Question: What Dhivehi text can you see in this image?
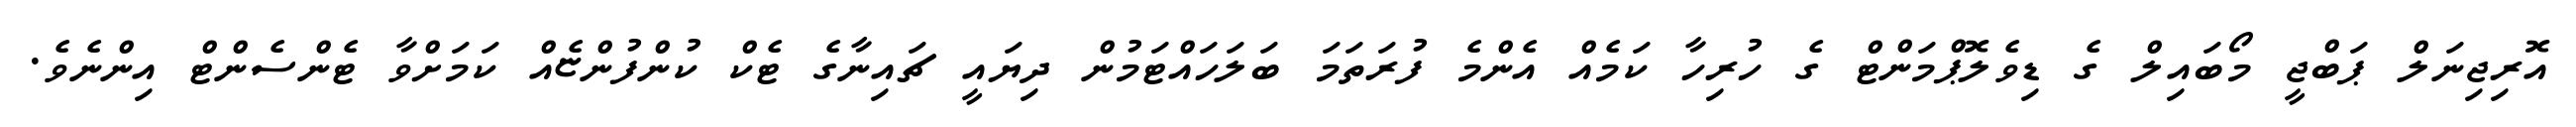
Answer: އޮރިޖިނަލް ޕަބްޖީ މޯބައިލް ގެ ޑިވެލޮޕްމަންޓް ގެ ހުރިހާ ކަމެއް އެންމެ ފުރަތަމަ ބަލަހައްޓަމުން ދިޔައީ ޗައިނާގެ ޓެކް ކުންފުންޏެއް ކަމަށްވާ ޓެންސެންޓް އިންނެވެ.